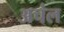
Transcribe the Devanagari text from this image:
अचंल